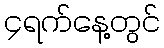
၄ရက်နေ့တွင်